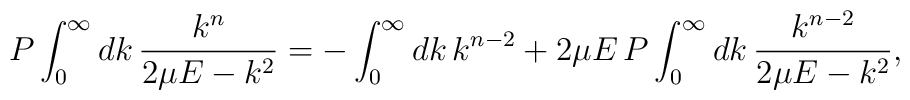
P\int_0^\infty dk \, \frac{k^{n}}{2 \mu E - k^2}=-\int_0^\infty dk \,k^{n-2} + 2 \mu E \, P \int_0^\infty dk \, \frac{k^{n-2}}{2 \mu E -k^2},